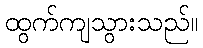
ထွက်ကျသွားသည်။